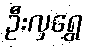
ဦးလှရွှေ